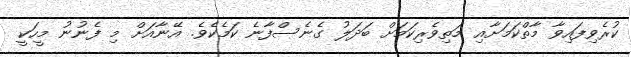
ކުރެވިފައިވާ މާތްކަމަށާއި މަތިވެރިކަމަށް ބަދަލު ގެނެސްފާނެ ކަމެކެވެ. އޭނާއަށް މި ފެނުނު މީހަކީ